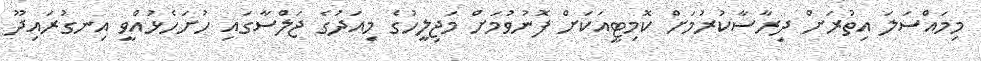
މިމައްސަލަ އިތުރަށް ދިރާސާކުރުމަށް ކޮމިޓީއަކަށް ފޮނުވުމަށް މަޖިލީހުގެ މިއަދުގެ ޖަލްސާގައި ހުށަހެޅުއްވީ އިނގުރައިދޫ